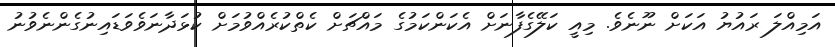
އަމިއްލަ ރައުޔު އަކަށް ނޫނެވެ. މިއީ ކަލޭގެފާނަށް އެކަންކަމުގެ މައްޗަށް ކެތްކުރެއްވުމަށް ކުޅަދާނަވެވަޑައިނުގެންނެވުނު